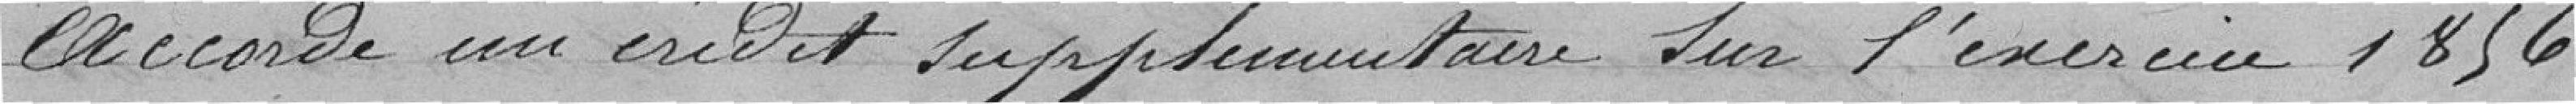
accorde un crédit supplémentaire sur l'exercice 1856